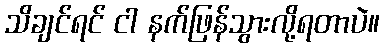
သိချင်ရင် ငါ နက်ဖြန်သွားလို့ရတာပဲ။